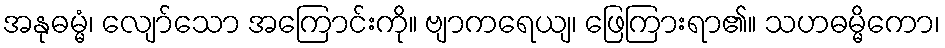
အနုဓမ္မံ၊ လျော်သော အကြောင်းကို။ ဗျာကရေယျ၊ ဖြေကြားရာ၏။ သဟဓမ္မိကော၊